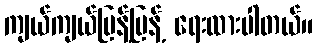
ကျယ်ကျယ်ပြန့်ပြန့် ရေးထားပါတယ်။